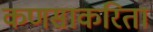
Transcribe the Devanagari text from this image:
कणसाकरिता